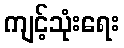
ကျင့်သုံးရေး